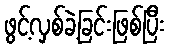
ဖွင့်လှစ်ခဲ့ခြင်းဖြစ်ပြီး